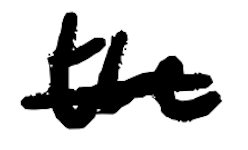
Text: the
Cross-out: single-line
Writing tool: digital_black